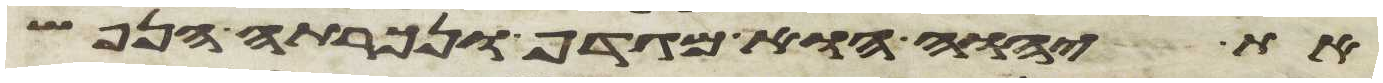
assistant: את יהוה הוא מגדף ונכרתה הנפש